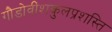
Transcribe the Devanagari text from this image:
गौडोवींशकुलप्रशस्ति